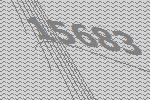
15683